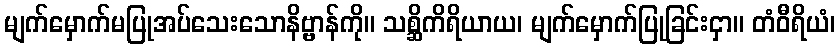
မျက်မှောက်မပြုအပ်သေးသောနိဗ္ဗာန်ကို။ သစ္ဆိကိရိယာယ၊ မျက်မှောက်ပြုခြင်းငှာ။ တံဝီရိယံ၊